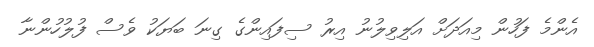
އެންމެ ފަހުން މިއަދަށް އަލިވިލުނު އިރު ސިފައިންގެ ގިނަ ބަޔަކު ވެސް ފުލުހުންނާ